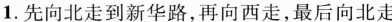
1.先向北走到新华路，再向西走，最后向北走新华路